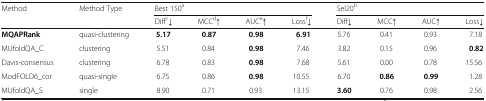
| <ROWSPAN=2> Method | <ROWSPAN=2> Method Type | <COLSPAN=4> Best 150a | <COLSPAN=4> Sel20b |
 | Diffc↓ | MCCd↑ | AUCe↑ | Lossf↓ | Diff↓ | MCC↑ | AUC↑ | Loss↓ |
 | --- | --- | --- | --- | --- | --- | --- | --- | --- | --- |
 | MQAPRank | quasi-clustering | 5.17 | 0.87 | 0.98 | 6.91 | 5.76 | 0.41 | 0.93 | 7.18 |
 | MUfoldQA_C | clustering | 5.51 | 0.84 | 0.98 | 7.46 | 3.82 | 0.15 | 0.96 | 0.82 |
 | Davis-consensus | clustering | 6.78 | 0.83 | 0.98 | 7.68 | 5.61 | 0.00 | 0.78 | 15.56 |
 | ModFOLD6_cor | quasi-single | 6.75 | 0.86 | 0.98 | 10.55 | 6.70 | 0.86 | 0.99 | 1.28 |
 | MUfoldQA_S | single | 8.90 | 0.71 | 0.93 | 13.15 | 3.60 | 0.76 | 0.98 | 2.56 |